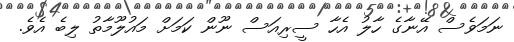
ނަމަވެސް އޭނާގެ ހާލު އެހާ ސީރިއަސް ނޫން ކަމަށް މައުލޫމާތު ލިބެ އެވެ.